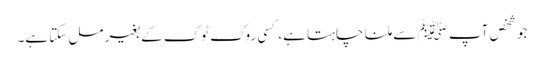
جو شخص آپ ﷺ سے ملنا چاہتا ہے، کسی روک ٹوک کے بغیر مل سکتا ہے۔